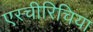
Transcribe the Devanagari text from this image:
एस्चीरिचिया